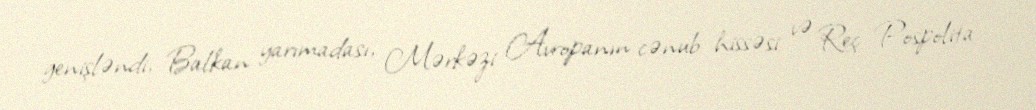
genişləndi, Balkan yarımadası, Mərkəzi Avropanın cənub hissəsi və Reç Pospolita